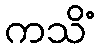
ကသိံ